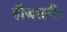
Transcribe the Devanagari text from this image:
हौजरानी।